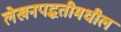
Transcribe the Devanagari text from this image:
लेखनपद्धतीमधील